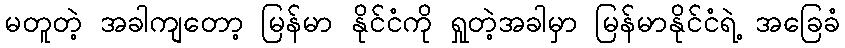
မတူတဲ့ အခါကျတော့ မြန်မာ နိုင်ငံကို ရှုတဲ့အခါမှာ မြန်မာနိုင်ငံရဲ့ အခြေခံ